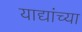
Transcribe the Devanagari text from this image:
याद्यांच्या